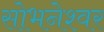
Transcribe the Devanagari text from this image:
सोभनेश्वर